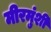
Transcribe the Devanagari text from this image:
मीरमुंशी